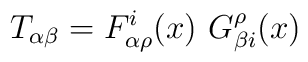
T_{\alpha \beta} = F_{\alpha \rho}^{i}(x)~G_{\beta i}^{\rho}(x)